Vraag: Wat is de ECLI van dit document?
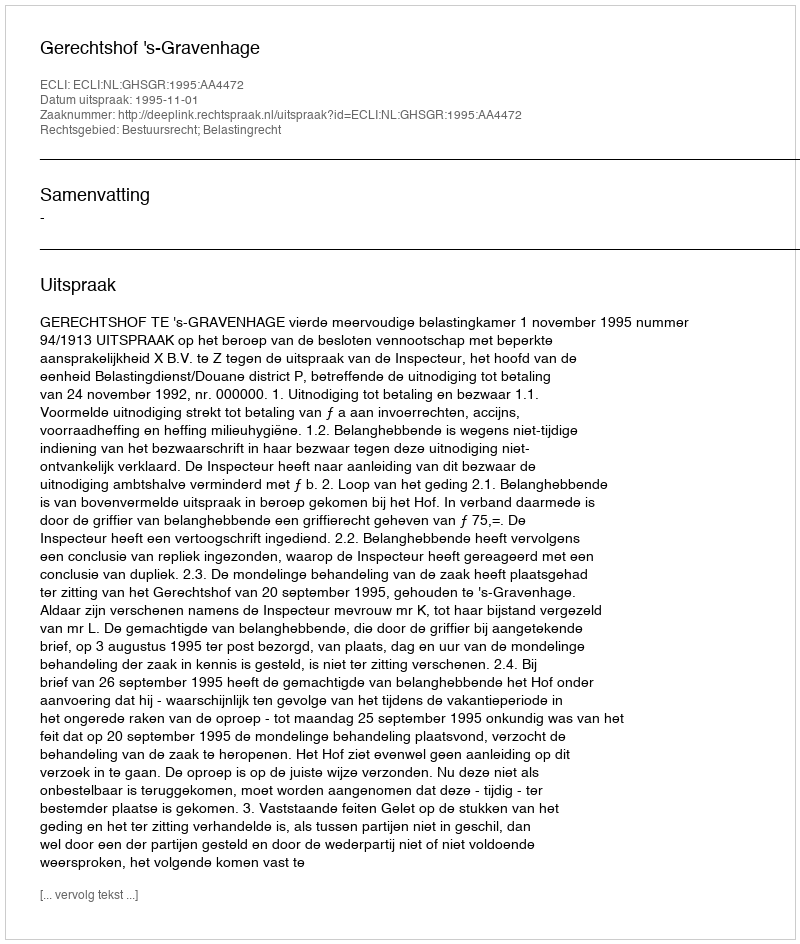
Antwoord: ECLI:NL:GHSGR:1995:AA4472